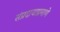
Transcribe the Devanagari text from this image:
संप्रदायाप्रमाणे